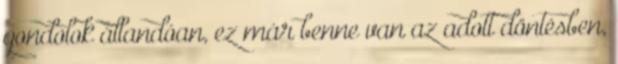
gondolok állandóan, ez már benne van az adott döntésben,